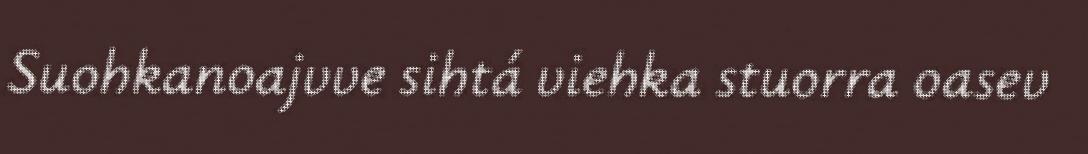
Suohkanoajvve sihtá viehka stuorra oasev